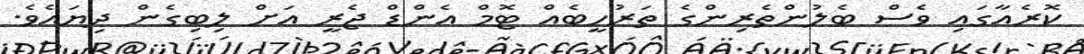
ކޮރެއާގައި ވެސް ބެލުންތެރިންގެ ތަރުހީބެއް ޓޮމް އެންޑް ޖެރީ އަށް ލިބިގެން ދިޔައެވެ.